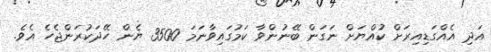
އަދި އެއްގަޑިއިރަށް ކުއްޔަށް ނަގަން ބޭނުންވާ ކަމުގައިވާނަމަ 3500 ޔެން ހޭދަކުރަންޖެހެ އެވެ.